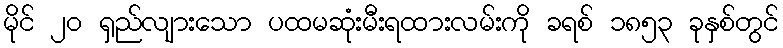
မိုင် ၂၀ ရှည်လျားသော ပထမဆုံးမီးရထားလမ်းကို ခရစ် ၁၈၅၃ ခုနှစ်တွင်